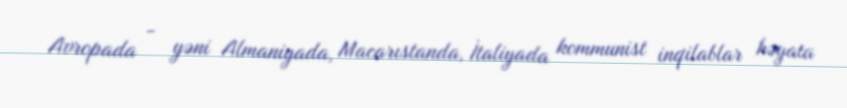
Avropada - yəni Almaniyada, Macarıstanda, İtaliyada kommunist inqilablar həyata